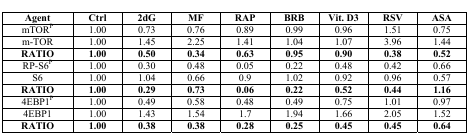
<table><thead><tr><td><b>Agent</b></td><td><b>Ctrl</b></td><td><b>2dG</b></td><td><b>MF</b></td><td><b>RAP</b></td><td><b>BRB</b></td><td><b>Vit. D3</b></td><td><b>RSV</b></td><td><b>ASA</b></td></tr></thead><tbody><tr><td>mTOR<sup>P</sup></td><td>1.00</td><td>0.73</td><td>0.76</td><td>0.89</td><td>0.99</td><td>0.96</td><td>1.51</td><td>0.75</td></tr><tr><td>m-TOR</td><td>1.00</td><td>1.45</td><td>2.25</td><td>1.41</td><td>1.04</td><td>1.07</td><td>3.96</td><td>1.44</td></tr><tr><td><b>RATIO</b></td><td><b>1.00</b></td><td><b>0.50</b></td><td><b>0.34</b></td><td><b>0.63</b></td><td><b>0.95</b></td><td><b>0.90</b></td><td><b>0.38</b></td><td><b>0.52</b></td></tr><tr><td>RP-S6<sup>P</sup></td><td>1.00</td><td>0.30</td><td>0.48</td><td>0.05</td><td>0.22</td><td>0.48</td><td>0.42</td><td>0.66</td></tr><tr><td>S6</td><td>1.00</td><td>1.04</td><td>0.66</td><td>0.9</td><td>1.02</td><td>0.92</td><td>0.96</td><td>0.57</td></tr><tr><td><b>RATIO</b></td><td><b>1.00</b></td><td><b>0.29</b></td><td><b>0.73</b></td><td><b>0.06</b></td><td><b>0.22</b></td><td><b>0.52</b></td><td><b>0.44</b></td><td><b>1.16</b></td></tr><tr><td>4EBP1<sup>P</sup></td><td>1.00</td><td>0.49</td><td>0.58</td><td>0.48</td><td>0.49</td><td>0.75</td><td>1.01</td><td>0.97</td></tr><tr><td>4EBP1</td><td>1.00</td><td>1.43</td><td>1.54</td><td>1.7</td><td>1.94</td><td>1.66</td><td>2.05</td><td>1.52</td></tr><tr><td><b>RATIO</b></td><td><b>1.00</b></td><td><b>0.38</b></td><td><b>0.38</b></td><td><b>0.28</b></td><td><b>0.25</b></td><td><b>0.45</b></td><td><b>0.45</b></td><td><b>0.64</b></td></tr></tbody></table>